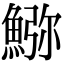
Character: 𩸹